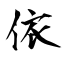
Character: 依